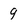
Character: 9